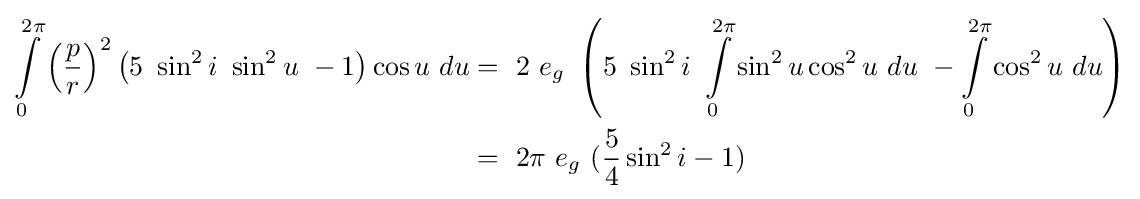
{\begin{aligned}\int \limits _{0}^{2\pi }{\left({\frac {p}{r}}\right)}^{2}\left(5\ \sin ^{2}i\ \sin ^{2}u\ -1\right)\cos u\ du&=\ 2\ e_{g}\ \left(5\ \sin ^{2}i\ \int \limits _{0}^{2\pi }\sin ^{2}u\cos ^{2}u\ du\ -\int \limits _{0}^{2\pi }\cos ^{2}u\ du\right)\\&=\ 2\pi \ e_{g}\ ({\frac {5}{4}}\sin ^{2}i-1)\end{aligned}}